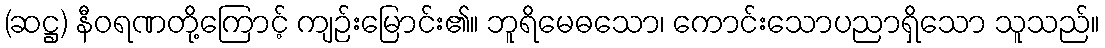
(ဆဋ္ဌ) နီဝရဏတို့ကြောင့် ကျဉ်းမြောင်း၏။ ဘူရိမေဓသော၊ ကောင်းသောပညာရှိသော သူသည်။